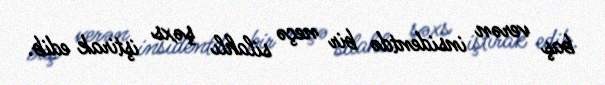
baş verən insidentdə bir neçə silahlı şəxs iştirak edib.